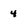
Character: 4